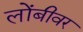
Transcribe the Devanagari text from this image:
लोंबीवर